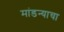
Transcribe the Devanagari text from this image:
मांडन्याचा